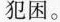
犯困。